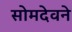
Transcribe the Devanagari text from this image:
सोमदेवने